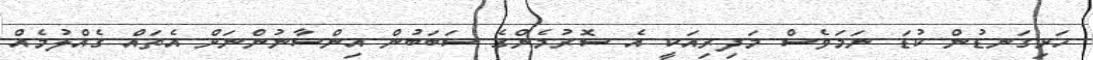
ހަށިގަނޑުން ކުޑަ ނަމަވެެސް މަދިރިއަކީ އެ ސޮރުމެންގެެ ސަބަބުން އިންްސާނުންނަށް އެތައް ގެއްލުމެއް